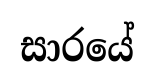
සාරයේ